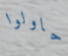
حاولوا